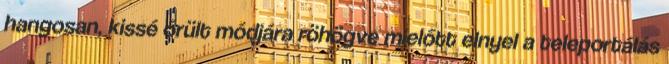
hangosan, kissé őrült módjára röhögve mielőtt elnyel a teleportálás